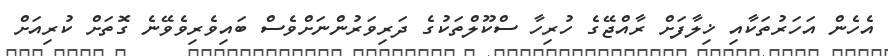
އެހެން އަހަރުތަކާއި ޚިލާފަށް ރާއްޖޭގެ ހުރިހާ ސްކޫލްތަކުގެ ދަރިވަރުންނަށްވެސް ބައިވެރިވެވޭނެ ގޮތަށް ކުރިއަށް